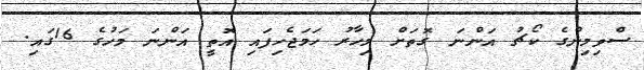
ސްވިމިންގެ ކޯޗު އަންނަ ގޮތަށް މިހާރު ހަމަޖެހިފައި އޮތީ އަންނަ މަހުގެ 16ގައި.